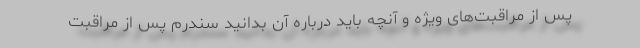
پس از مراقبت‌های ویژه و آنچه باید درباره آن بدانید سندرم پس از مراقبت